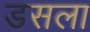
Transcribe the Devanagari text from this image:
डसला